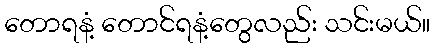
တောရနံ့ တောင်ရနံ့တွေလည်း သင်းမယ်။